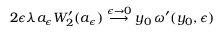
2 \epsilon \lambda a _ { \epsilon } W _ { 2 } ^ { \prime } ( a _ { \epsilon } ) \stackrel { \epsilon \to 0 } { \longrightarrow } y _ { 0 } \, \omega ^ { \prime } ( y _ { 0 } , \epsilon )